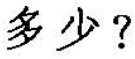
多少?